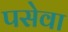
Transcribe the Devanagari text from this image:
पसेवा